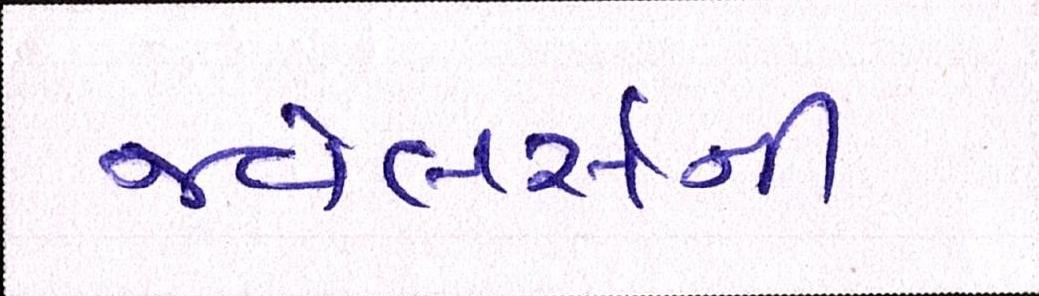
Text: જ્વેલર્સની